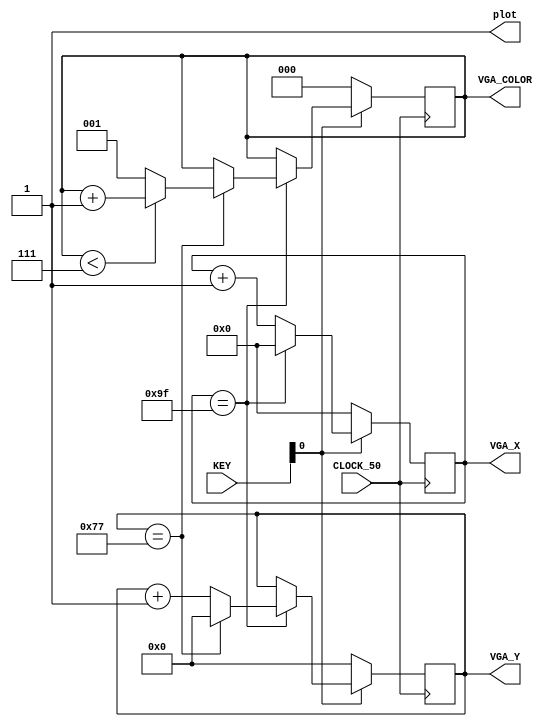
`timescale 1ns / 1ns
`default_nettype none

module top (
    input wire CLOCK_50,            // On-Board 50 MHz
    input wire [3:0] KEY,           // On-board push buttons
        
    output wire [7:0] VGA_X,        // VGA column
    output wire [6:0] VGA_Y,        // VGA row
    output wire [2:0] VGA_COLOR,    // VGA pixel colour (0-7)
    output wire plot                // Pixel drawn when this is pulsed
);    


    reg [7:0] x;
    reg [6:0] y;
    reg [2:0] color;

    wire reset;

    assign reset = ~KEY[0];

    always @(posedge CLOCK_50) begin
        if(reset) begin
            x <= 0;
            y <= 0;
            color <= 0;
        end
        else begin
            if(x == 159) begin
                x <= 0;
                if(y == 119) begin
                    y <= 0;
                    if (color < 7) begin
                        color <= color + 1'b1;
                    end 
                    else begin
                        color <= 3'd1;
                    end
                end
                else begin
                    y <= y + 1'b1;
                end
            end
            else begin
                x <= x + 1'b1;
            end  
        end
    end

    assign VGA_X = x;
    assign VGA_Y = y;
    assign VGA_COLOR = color;
    assign plot = 1'b1;

endmodule